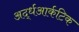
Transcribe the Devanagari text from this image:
अर्द्धआर्कटिक